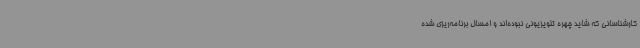
کارشناسانی که شاید چهره تلویزیونی نبوده‌اند و امسال برنامه‌ریزی شده